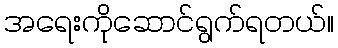
အရေးကိုဆောင်ရွက်ရတယ်။